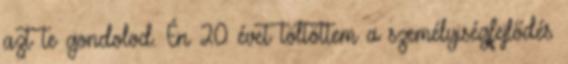
azt te gondolod. Én 20 évet töltöttem a személyiségfejlődés